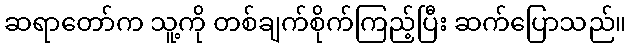
ဆရာတော်က သူ့ကို တစ်ချက်စိုက်ကြည့်ပြီး ဆက်ပြောသည်။